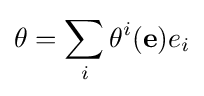
\theta =\sum _{i}\theta ^{i}(\mathbf {e} )e_{i}